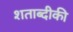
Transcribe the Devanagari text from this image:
शताब्दीकी